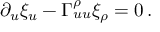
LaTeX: \partial _ { u } \xi _ { u } - \Gamma _ { u u } ^ { \rho } \xi _ { \rho } = 0 \, .